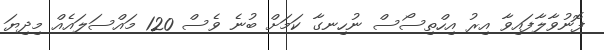
ފޮނުވާލާފައިވާ އިރު އިހްތިސޯސް ނުހިނގާ ކަމަށް ބުނެ ވެސް 120 މައްސަލައެއް މިދިޔަ